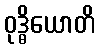
ဝုဒ္ဓိယောတိ